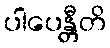
ပါပေန္တီတိ